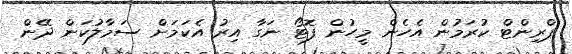
ޕްރިންޓް ކުރަމުން އެހެން މީހުން ފޮޓޯ ނަގާ އިރު އެކަމަށް ސަމާލުކަން ދޭން